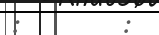
:        :